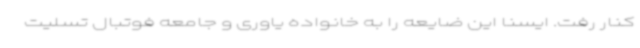
کنار رفت. ایسنا این ضایعه را به خانواده یاوری و جامعه فوتبال تسلیت